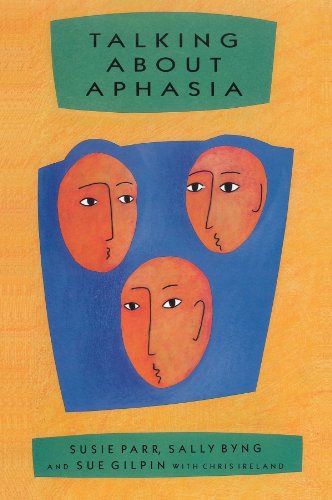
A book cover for Talking About Aphasia; Susie Parr; Health, Fitness & Dieting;